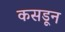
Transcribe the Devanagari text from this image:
कसडून